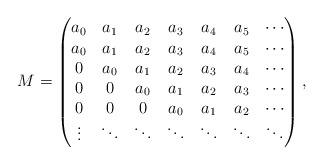
LaTeX: \begin{align*}M=\begin{pmatrix} a_0&a_1&a_2&a_3&a_4&a_5&\cdots\\a_0&a_1&a_2&a_3&a_4&a_5&\cdots\\0&a_0&a_1&a_2&a_3&a_4&\cdots\\0&0&a_0&a_1&a_2&a_3&\cdots\\0&0&0&a_0&a_1&a_2&\cdots\\\vdots&\ddots&\ddots&\ddots&\ddots&\ddots&\ddots\end{pmatrix},\end{align*}